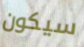
سيكون